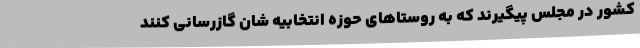
کشور در مجلس پیگیرند که به روستاهای حوزه انتخابیه شان گازرسانی کنند